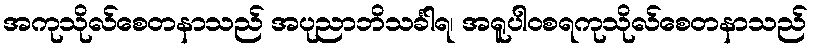
အကုသိုလ်စေတနာသည် အပုညာဘိသင်္ခါရ၊ အရူပါဝစရကုသိုလ်စေတနာသည်